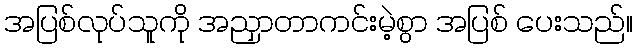
အပြစ်လုပ်သူကို အညှာတာကင်းမဲ့စွာ အပြစ် ပေးသည်။